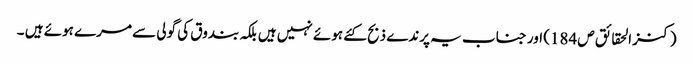
(کنز الحقائق ص 184) اور جناب یہ پرندے ذبح کئے ہوئے نہیں ہیں بلکہ بندوق کی گولی سے مرے ہوئے ہیں ۔